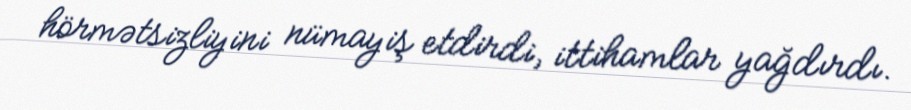
hörmətsizliyini nümayiş etdirdi, ittihamlar yağdırdı.